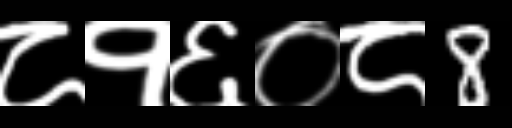
Text: ८१६०८8